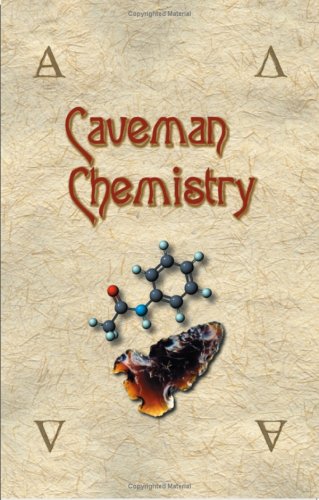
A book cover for Caveman Chemistry: 28 Projects, from the Creation of Fire to the Production of Plastics; Kevin M. Dunn; Science & Math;